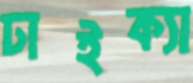
ঢাইক্যা